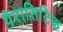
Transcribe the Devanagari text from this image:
पैरासिटिक